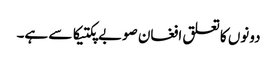
دونوں کا تعلق افغان صوبے پکتیکا سے ہے۔